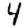
Digit: 4